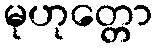
မုဟုတ္တော